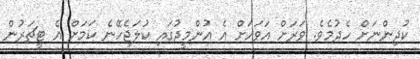
ކުދިންނަށް ހެދުމެވެ. ވަރަށް އަވަހަށް އެ އުންމީދުގައި ކުލަޖެހޭނެ ކަމަށް އެ ޓީޗަރުން